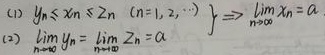
(1) $\left.
\begin{array}{l}
y_n\leqslant x_n\leqslant z_n\ (n = 1,2,\cdots)\\
\lim\limits_{n\rightarrow\infty}y_n=\lim\limits_{n\rightarrow\infty}z_n = a
\end{array}
\right\}\Rightarrow\lim\limits_{n\rightarrow\infty}x_n=a$